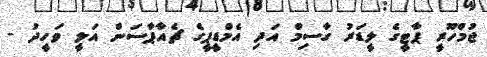
ޖުމްހޫރީ ޕާޓީގެ ލީޑަރު ގާސިމް އަދި އެމްޑީޕީގެ ޗެއާޕާސަން އަލީ ވަހީދު -